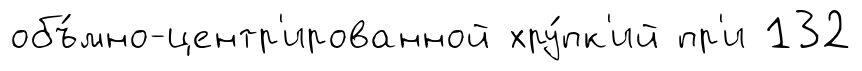
объ́мно-центр'ированной хру́пк'ий пр'и 132